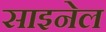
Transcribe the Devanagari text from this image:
साइनेल